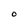
Character: O